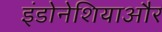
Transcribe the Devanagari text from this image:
इंडोनेशियाऔर